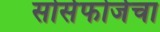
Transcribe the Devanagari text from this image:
सोर्सफोर्जचा